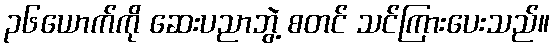
၃၆ယောက်ကို ဆေးပညာဘွဲ့ စတင် သင်ကြားပေးသည်။